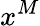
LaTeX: x^{M}